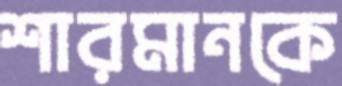
শারমানকে